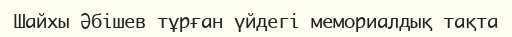
Шайхы Әбішев тұрған үйдегі мемориалдық тақта